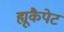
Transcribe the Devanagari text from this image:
ह्यूकैपेट